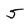
Character: 5